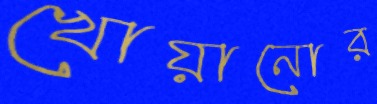
খোয়ানোর